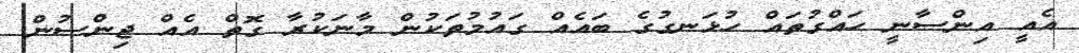
އެއީ އިންސާނީ ހައްގުތައް ހުޅަނގުގެ ބައެއް ގައުމުތަކުން މާނަކުރާ ގޮތް އެއް ޖިންސުން